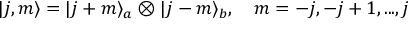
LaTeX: | j , m \rangle = | j + m \rangle _ { a } \otimes | j - m \rangle _ { b } , \ \ \ m = - j , - j + 1 , . . . , j